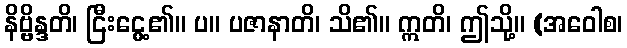
နိဗ္ဗိန္ဒတိ၊ ငြီးငွေ့၏။ ပ။ ပဇာနာတိ၊ သိ၏။ ဣတိ၊ ဤသို့။ (အဝေါစ၊